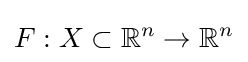
F:X\subset \mathbb {R} ^{n}\to \mathbb {R} ^{n}